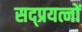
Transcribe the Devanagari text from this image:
सद्प्रयत्नों